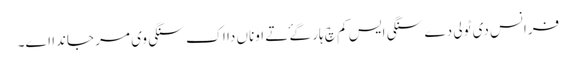
فرانس دی ٹولی دے سنگی ایس کم چ ہار گۓ تے اوناں دا اک سنگی وی مر جاندا اے۔